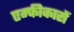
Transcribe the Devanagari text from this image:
एम्फीकारों